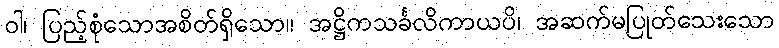
ဝါ၊ ပြည့်စုံသောအစိတ်ရှိသော။ အဋ္ဌိကသင်္ခလိကာယပိ၊ အဆက်မပြုတ်သေးသော